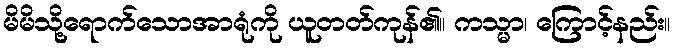
မိမိသို့ရောက်သောအာရုံကို ယူတတ်ကုန်၏။ ကသ္မာ၊ ကြောင့်နည်း။